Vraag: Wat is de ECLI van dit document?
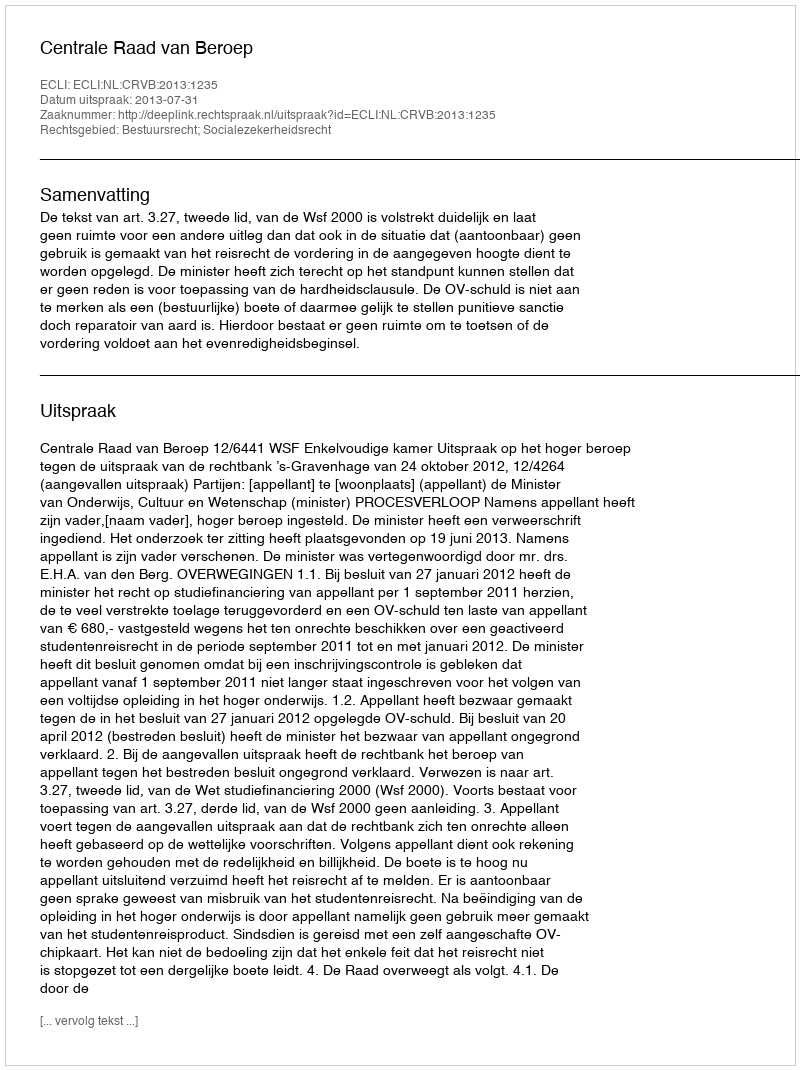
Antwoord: ECLI:NL:CRVB:2013:1235